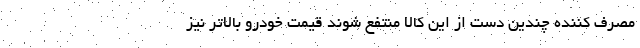
مصرف کننده چندین دست از این کالا منتفع شوند قیمت خودرو بالاتر نیز